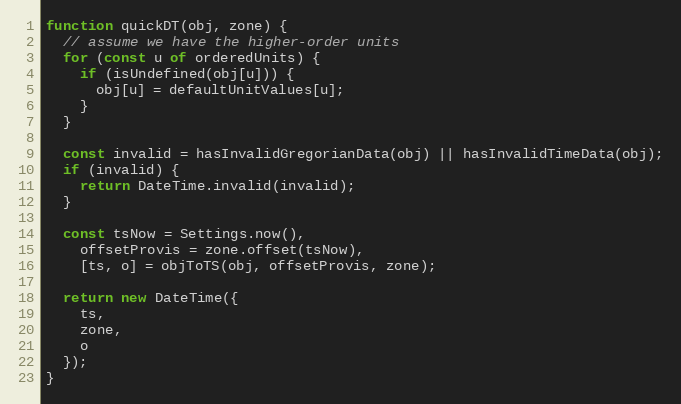
Language: JavaScript
function quickDT(obj, zone) {
  // assume we have the higher-order units
  for (const u of orderedUnits) {
    if (isUndefined(obj[u])) {
      obj[u] = defaultUnitValues[u];
    }
  }

  const invalid = hasInvalidGregorianData(obj) || hasInvalidTimeData(obj);
  if (invalid) {
    return DateTime.invalid(invalid);
  }

  const tsNow = Settings.now(),
    offsetProvis = zone.offset(tsNow),
    [ts, o] = objToTS(obj, offsetProvis, zone);

  return new DateTime({
    ts,
    zone,
    o
  });
}